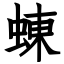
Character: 蝀